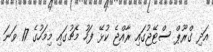
އަދި ގްރޫޕް ސްޓޭޖުގައި ރާއްޖެ ކުޅޭ ފަހު މެޗުގައި މިމަހުގެ 17 ވަނަ